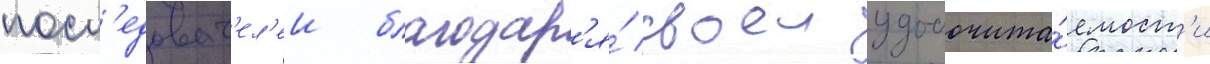
посл'едоват'ел'еи благодар'я́ своеи удобочита́емост'и